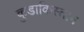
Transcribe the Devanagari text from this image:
कुडाकिस्तान